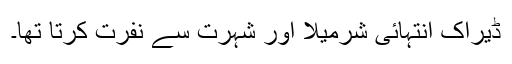
ڈیراک انتہائی شرمیلا اور شہرت سے نفرت کرتا تھا۔